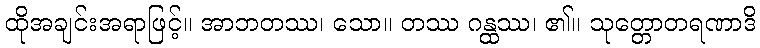
ထိုအချင်းအရာဖြင့်။ အာဘတဿ၊ သော။ တဿ ဂန္ထဿ၊ ၏။ သုတ္တောတရဏာဒိ